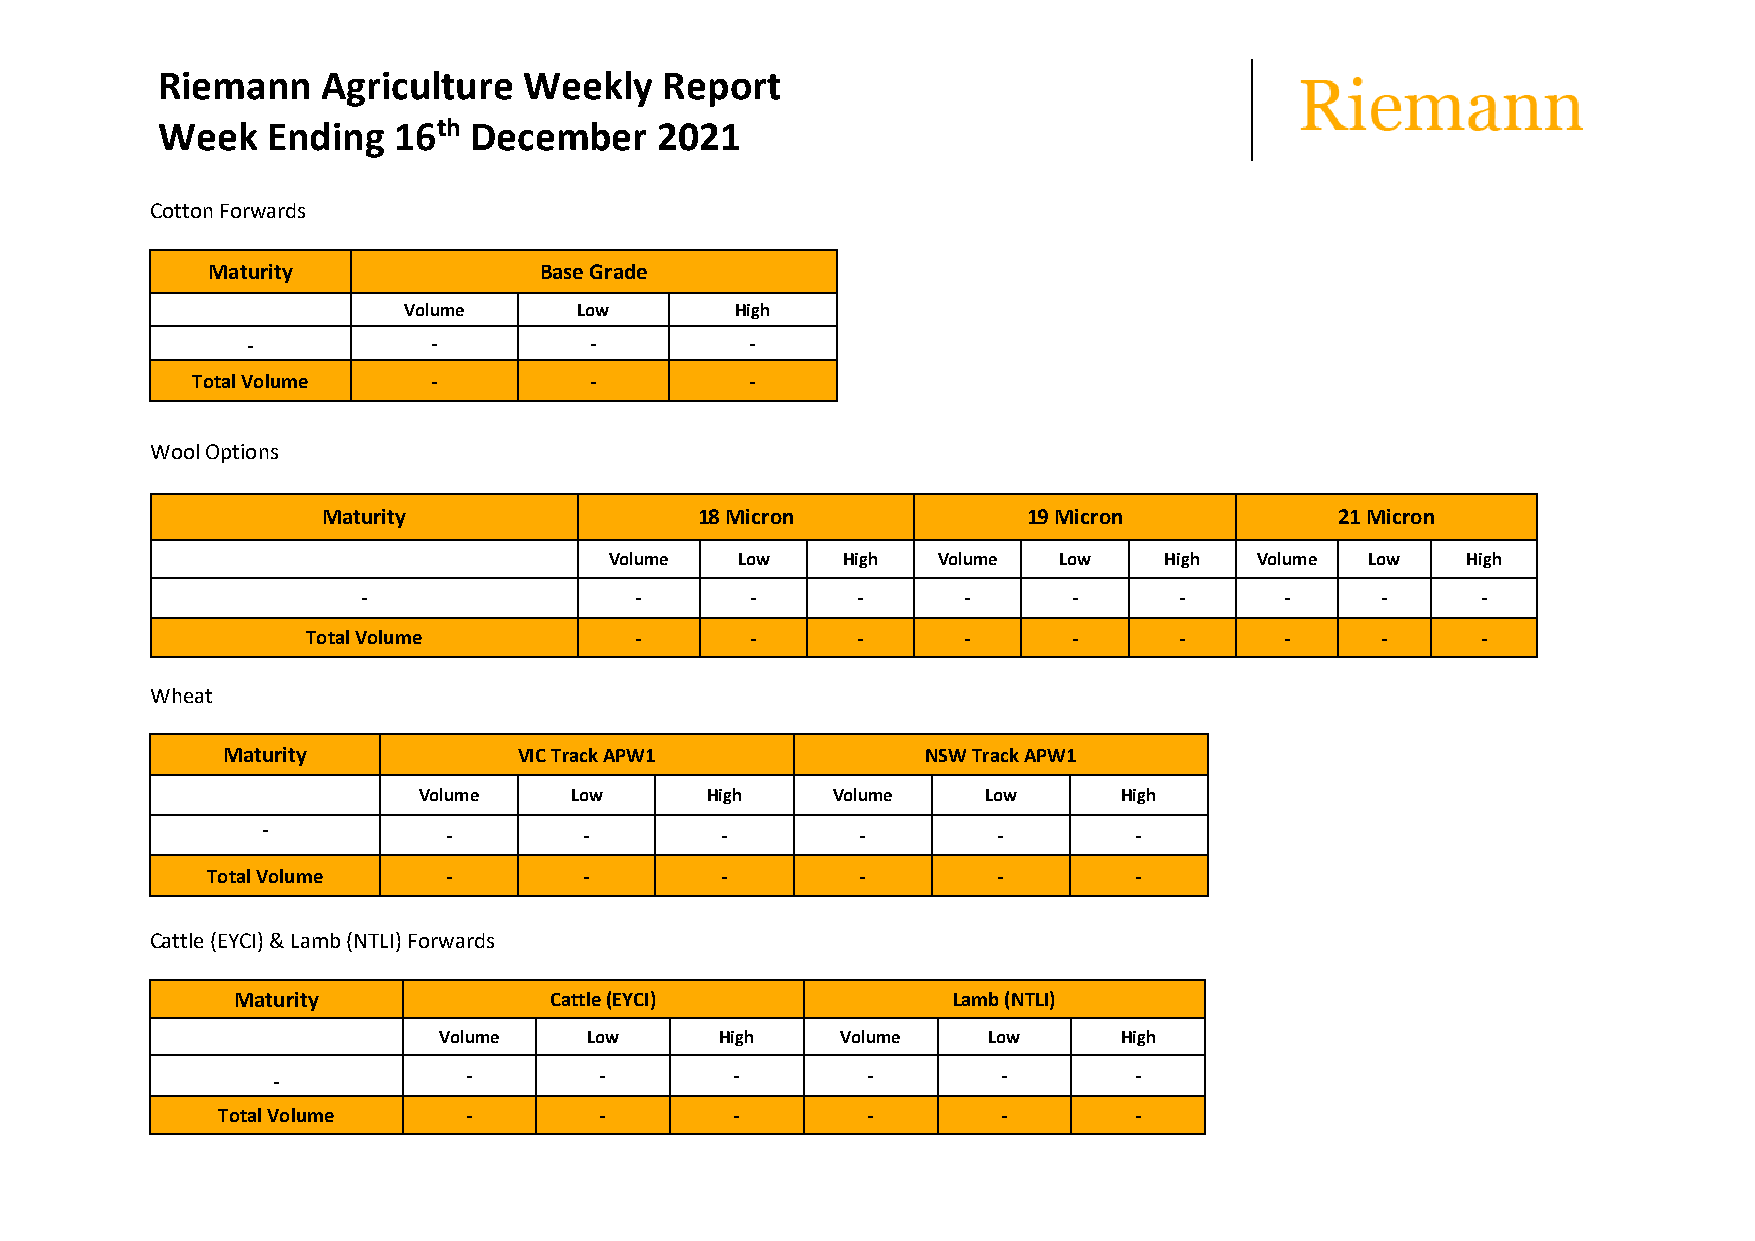
Riemann    Agriculture   Weekly   Report
 Week    Ending  16th December    2021
 Cotton Forwards
 Maturity              Base Grade
 Volume     Low        High
 -            -         -          -
 Total Volume    -         -          -
 Wool Options
 Maturity                 18 Micron             19 Micron            21 Micron
 Volume   Low    High  Volume  Low    High  Volume  Low   High
 -                 -       -      -      -      -      -      -     -      -
 Total Volume          -       -      -      -      -      -      -     -      -
 Wheat
 Maturity           VIC Track APW1             NSW Track APW1
 Volume    Low      High    Volume    Low      High
 -           -         -        -        -        -        -
 Total Volume   -         -        -        -        -        -
 Cattle (EYCI) & Lamb (NTLI) Forwards
 Maturity             Cattle (EYCI)              Lamb (NTLI)
 Volume    Low      High    Volume   Low      High
 -            -        -        -       -        -        -
 Total Volume     -        -        -       -        -        -